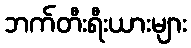
ဘက်တီးရီးယားများ